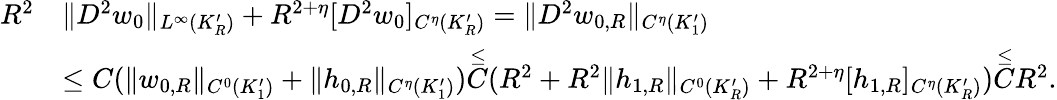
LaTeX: \begin{array}{rl}{R^{2}}&{\| D^{2}w_{0}\| _{L^{\infty}(K_{R}^{\prime})}+R^{2+\eta}[D^{2}w_{0}]_{C^{\eta}(K_{R}^{\prime})}=\| D^{2}w_{0,R}\| _{C^{\eta}(K_{1}^{\prime})}}\\ &{\le C(\| w_{0,R}\| _{C^{0}(K_{1}^{\prime})}+\| h_{0,R}\| _{C^{\eta}(K_{1}^{\prime})})\overset{\le}C(R^{2}+R^{2}\| h_{1,R}\| _{C^{0}(K_{R}^{\prime})}+R^{2+\eta}[h_{1,R}]_{C^{\eta}(K_{R}^{\prime})})\overset{\le}CR^{2}.}\end{array}